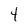
Character: 4